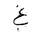
Letter: _gayn